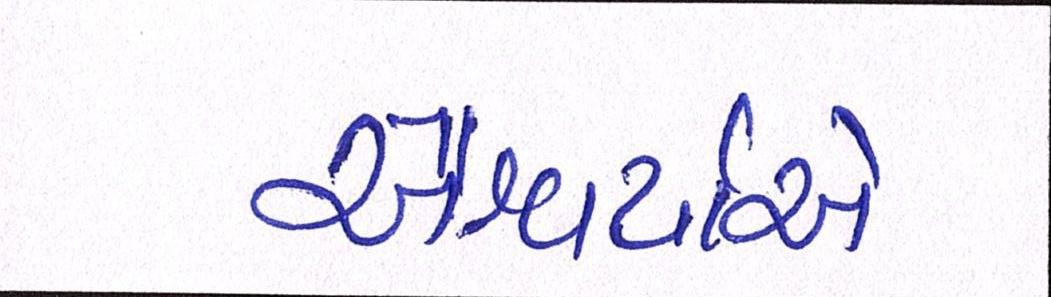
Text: ઐશ્વર્યાએ